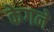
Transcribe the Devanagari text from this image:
केगने